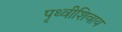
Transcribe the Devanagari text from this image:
पृथ्वीशिवाय